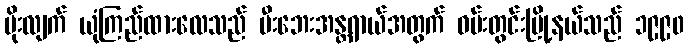
မိုးလျက် ယုံကြည်ထားလေသည် မီးဘေးအန္တရာယ်အတွက် ဝမ်းတွင်းမြို့နယ်သည် ၁၉၉၀